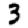
Digit: 3